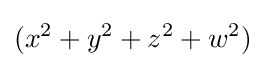
(x^{2}+y^{2}+z^{2}+w^{2})